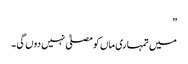
”
میں تمہاری ماں کو مصلیٰ نہیں دوں گی ۔